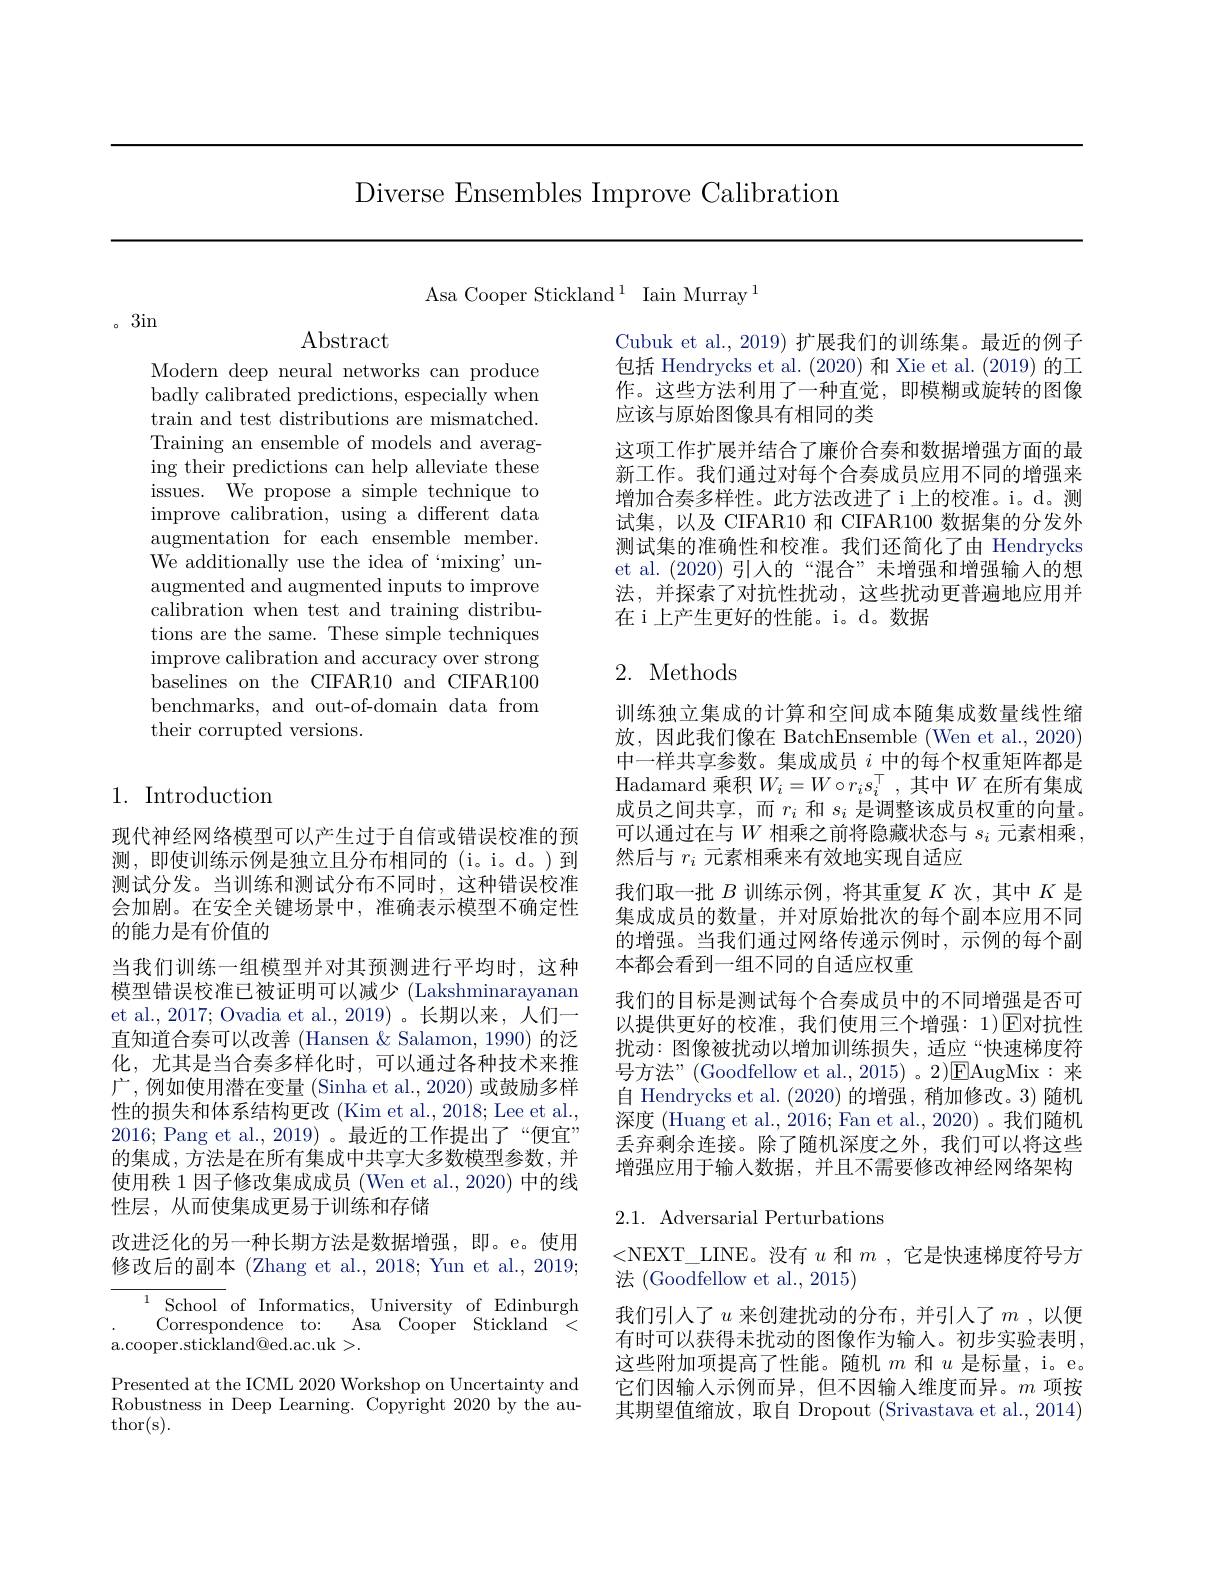
Diverse Ensembles Improve Calibration

Asa Cooper Stickland$^1$ Iain Murray$^1$

。3in

Modern deep neural networks can produce badly calibrated predictions, especially when train and test distributions are mismatched. Training an ensemble of mode ing their predictions can help alleviate these $\bar{\mathrm{issues.~We~propose~a~simple~technique~to}}$ improve calibration, using a different data augmentation for each ensemble member. We additionally use the idea of ‘mixing’unaugmented and augmented inputs to improve calibration when test and training distributions are the same. These si improve calibration and accu baselines on the CIFAR10 and CIFAR100 benchmarks, and out-of-domain data from their corrupted versions.

# 1. Introduction

现代神经网络模型可以产生过于自信或错误校准的预测，即使训练示例是独立且分布相同的(i。i。d。)到测试分发。当训练和测试分布不同时，这种错误校准会加剧。在安全关键场景中，准确表示模型不确定性的能力是有价值的
当我们训练一组模型并对其预测进行平均时，这种模型错误校准已被证明可以减少 (Lakshminarayanan et al., 2017; Ovadia et al., 2019)。长期以来，人们一直知道合奏可以改善 (Hansen & Salamon, 1990) 的泛化，尤其是当合奏多样化时，可以通过各种技术来推广 ,例如使用潜在变量 (Sinha et al., 2020) 或鼓励多样性的损失和体系结构更改(Kim et al., 2018; Lee et al., 2016; Pang et al., 2019)。最近的工作提出了“便宜” 的集成，方法是在所有集成中共享大多数模型参数，并使用秩 1 因子修改集成成员 (Wen et al., 2020) 中的线性层，从而使集成更易于训练和存储

改进泛化的另一种长期方法是数据增强，即。e。使用修改后的副本 (Zhang et al., 2018; Yun et al., 2019;

$\overline{{^{1}\text{School }}}$of Informatics, University of Edinburgh

a.cooper.stickland@ed.ac.uk>.

Presented at the ICML 2020 Workshop on Uncertainty and Robustness in Deep Learning. Copyright 2020 by the au- $\operatorname{thor(s).}$

Cubuk et al., 2019) 扩展我们的训练集包括 Hendrycks et al. (2020)和 Xie et al. (2019) 的工作。这些方法利用了一种直觉，即模糊或旋转的图像应该与原始图像具有相同的类
这项工作扩展并结合了廉价合奏和数据增强方面的最新工作。我们通过对每个合奏成员应用不同的增强来增加合奏多样性。此方法改进了i上的校准。i。d。测试集，以及 CIFAR10 和 CIFAR100 数据集的分发外测试集的准确性和校准。我们还简化了由 Hendrycks et al. (2020)引人的“混合”未增强和增强输入的想法，并探索了对抗性扰动，这些扰动更普遍地应用并在 i 上产生更好的性能。i。d。数据

## 2. Methods

训练独立集成的计算和空间成本随集成数量线性缩放，因此我们像在 BatchEnsemble (Wen et al., 2020) 中一样共享参数。集成成员$i$中的每个权重矩阵都是Hadamard 乘积$W_i=W\circ r_is_i^\top$, 成员之间共享，而$r_i$和$s_i$是调整该成员权重的向量。可以通过在与$W$ 相乘之前将隐藏状态与 $s_i$ 元素相乘， 然后与$r_i$元素相乘来有效地实现自适应
我们取一批$B$训练示例，将其重复$K$次，其中$K$是集成成员的数量，并对原始批次的每个副本应用不同的增强。当我们通过网络传递示例时，示例的每个副本都会看到一组不同的自适应权重
我们的目标是测试每个合奏成员中的不同增强是否可以提供更好的校准，我们使用三个增强：1)$\operatorname{E}$对抗性扰动：图像被扰动以增加训练损失，适应“快速梯度符号方法”(Goodfellow et al., 2015) 。2)$\boxed{\mathrm{E}}$AugMix:来自 Hendrycks et al. (2020) 的增强，稍加修改。3) 随机深度 (Huang et al., 2016; Fan et al., 2020) 。我们随机丢弃剩余连接。除了随机深度之外，我们可以将这些增强应用于输入数据，并且不需要修改神经网络架构

2.1. Adversarial Perturbations

<NEXT\_LINE。没有$u$ 和$m$ ,它是快速梯度符号方
法 (Goodfellow et al., 2015)
我们引人了$u$ 来创建扰动的分布，并引入了$m$,以便有时可以获得未扰动的图像作为输入。初步实验表明， 这些附加项提高了性能。随机$m$和$u$是标量，i。e。它们因输入示例而异，但不因输入维度而异。$m$项按其期望值缩放，取自 Dropout (Srivastava et al., 2014)